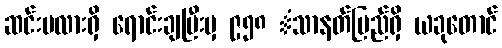
ဆင်းမလားရှိ ရောင်းချပြီးမှ ၉၅၈ ံသာနတ်ပြည်ရှိ ယခုတောင်